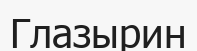
Глазырин